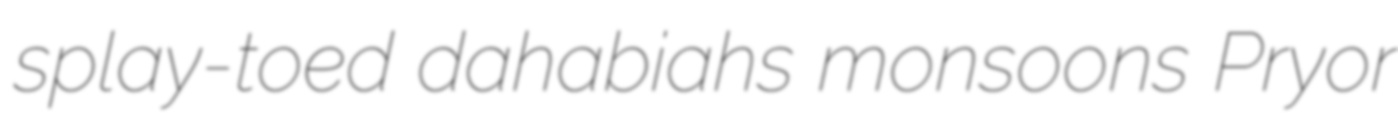
splay-toed dahabiahs monsoons Pryor